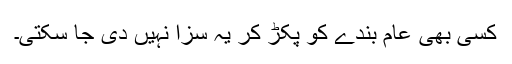
کسی بھی عام بندے کو پکڑ کر یہ سزا نہیں دی جا سکتی۔